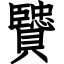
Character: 贒